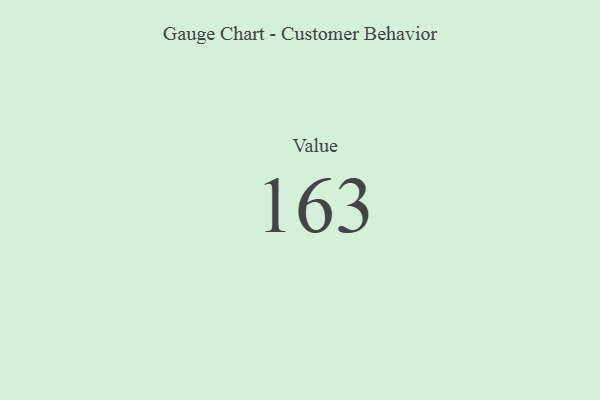
{"axis": {"x": "Metric", "y": "Value"}, "legend": [""], "data": [{"x": "Value", "y": 163, "type": ""}]}